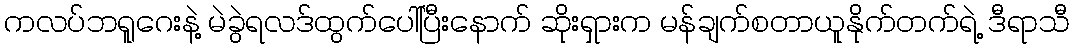
ကလပ်ဘရူဂေးနဲ့ မဲခွဲရလဒ်ထွက်ပေါ်ပြီးနောက် ဆိုးရှားက မန်ချက်စတာယူနိုက်တက်ရဲ့ ဒီရာသီ